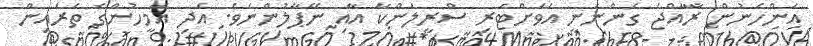
އަންހެނުން ރާއްޖެ ގެންނަނީ އަވަށްޓެރި ސްރީލަންކާ އާއި ނޭޕާލުންނެވެ. އަދި އެމީހުންގެ ތެރެއިން